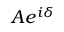
A e ^ { i \delta }